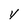
Character: y